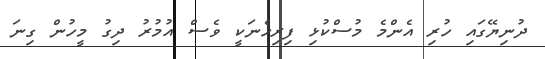
ދުނިޔޭގައި ހުރި އެންމެ މުސްކުޅި ފިރިހެނަކީ ވެސް އުމުރު ދިގު މީހުން ގިނަ